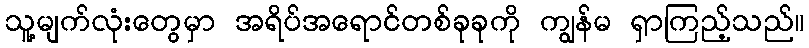
သူ့မျက်လုံးတွေမှာ အရိပ်အရောင်တစ်ခုခုကို ကျွန်မ ရှာကြည့်သည်။